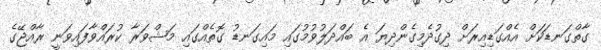
ގާތްގަނޑަކަށް އެއްގަޑިއިރަށް ދިގުދެމިގެންދިޔަ އެ ބައްދަލުވުމުގައި މައިގަނޑު ގޮތެއްގައި މަޝްވަރާ ކުރައްވާފައިވަނީ ރާއްޖޭގެ